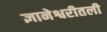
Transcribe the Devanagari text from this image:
ज्ञानेश्वरीतली